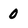
Character: O